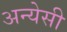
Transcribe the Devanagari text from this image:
अन्येसी